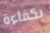
بكفاءة